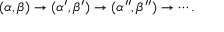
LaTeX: ( \alpha , \beta ) \to ( \alpha ^ { \prime } , \beta ^ { \prime } ) \to ( \alpha ^ { \prime \prime } , \beta ^ { \prime \prime } ) \to \cdots .